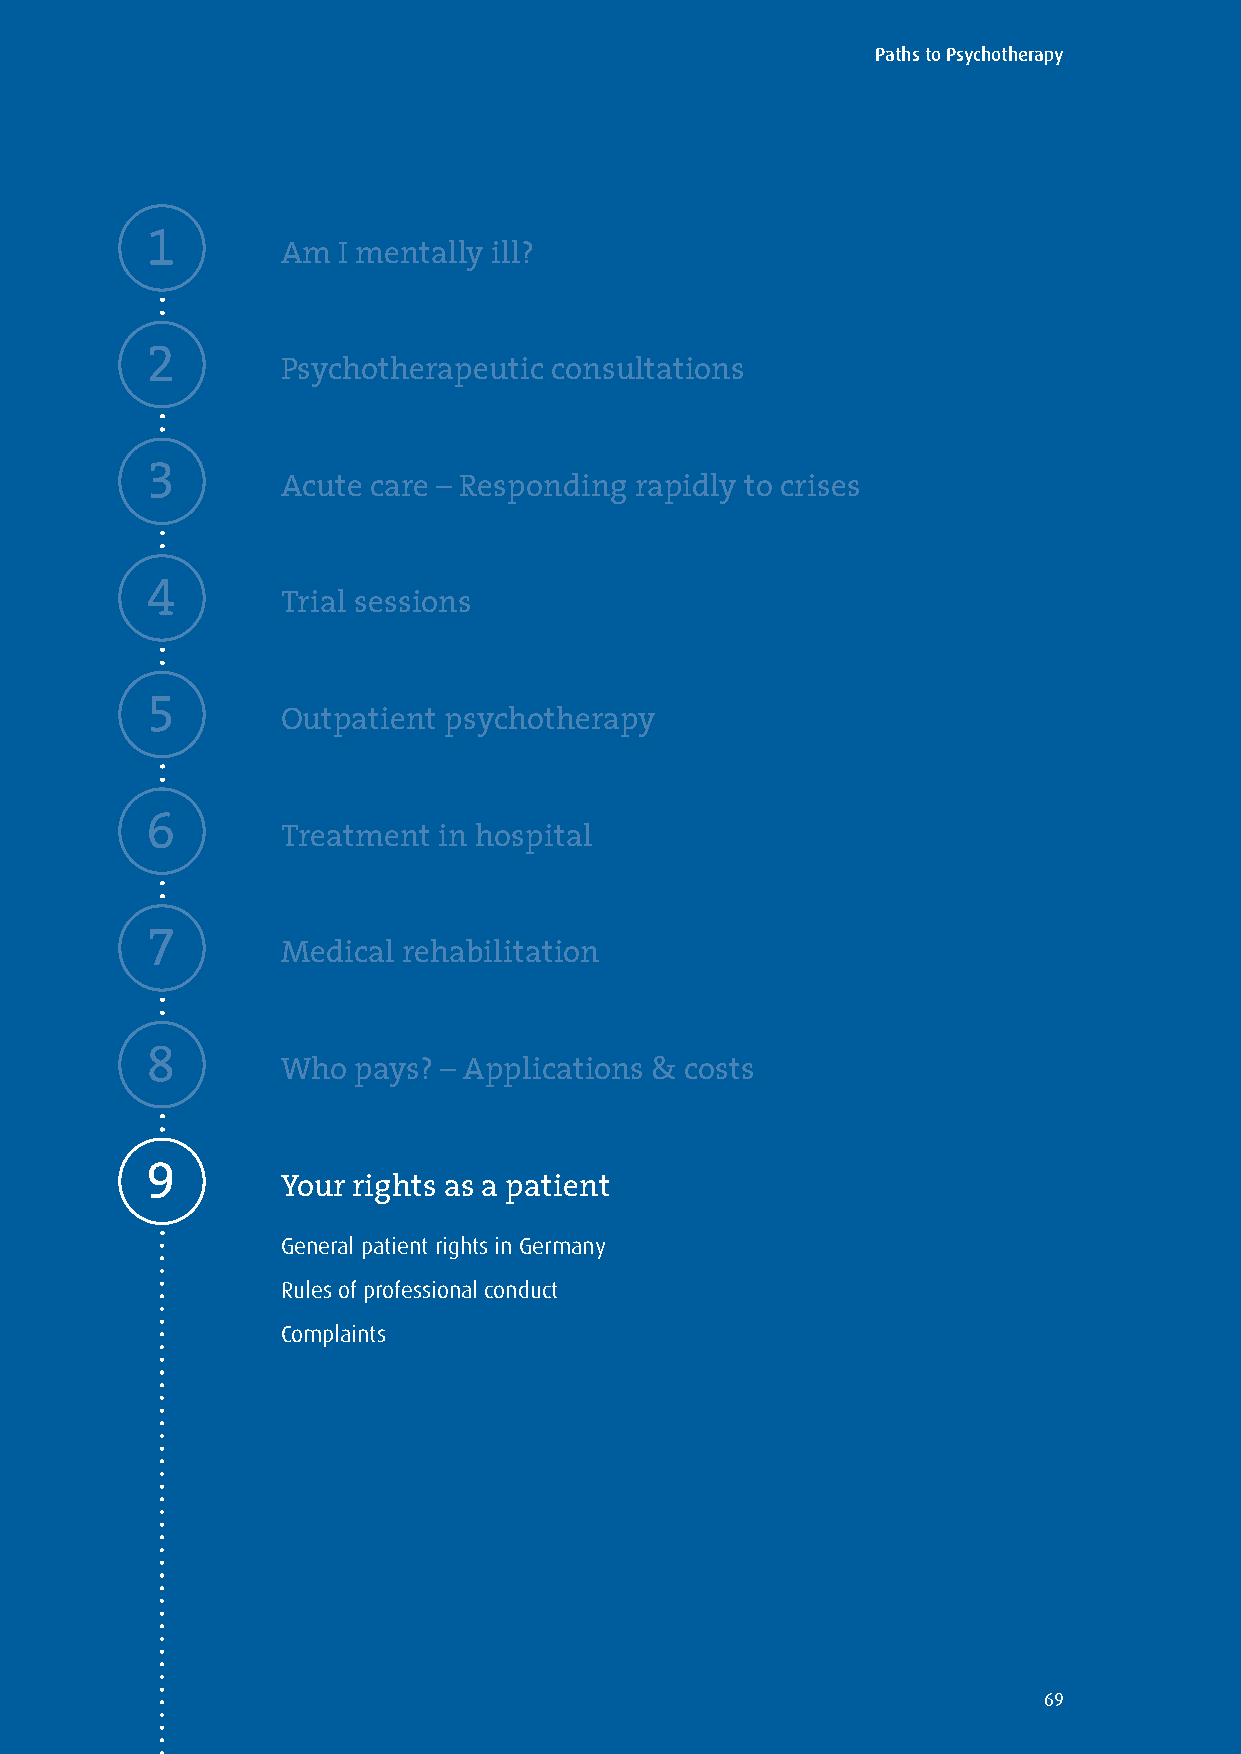
Paths to Psychotherapy
 1
 Am I mentally ill?
 2
 Psychotherapeutic consultations
 3
 Acute care – Responding rapidly to crises
 4
 Trial sessions
 5
 Outpatient psychotherapy
 6
 Treatment in hospital
 7
 Medical rehabilitation
 8
 Who pays? – Applications & costs
 9
 Your rights as a patient
 General patient rights in Germany
 Rules of professional conduct
 Complaints
 69